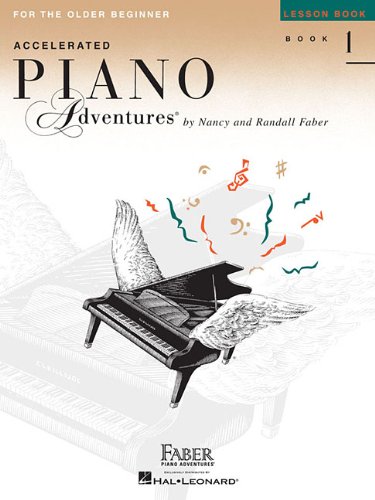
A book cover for INTERNATIONAL EDITION ACCELERATED PIANO ADVENTURES LESSON BOOK-BOOK1 FOR OLDER BEGINNER; Humor & Entertainment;